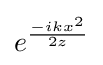
e^{\frac {-ikx^{2}}{2z}}